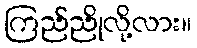
ကြည်ညိုလို့လား။